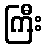
ကြီး